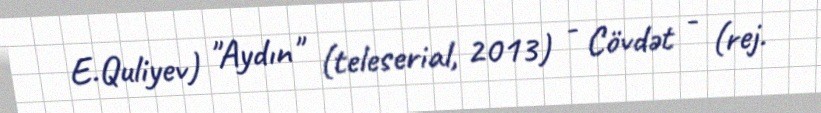
E.Quliyev) "Aydın" (teleserial, 2013) - Cövdət - (rej.